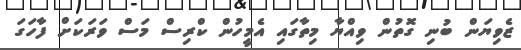
ޒެވިޔަން ބުނި ގޮތުން ވިއްޔާ މިތާގައި އެމީހުން ކްރިސް މަސް ވަރަކަށް ފާހަގަ